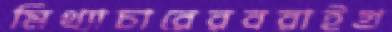
মিথ্যাচারেরবরাইগ্র